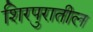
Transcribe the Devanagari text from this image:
शिरपुरातील